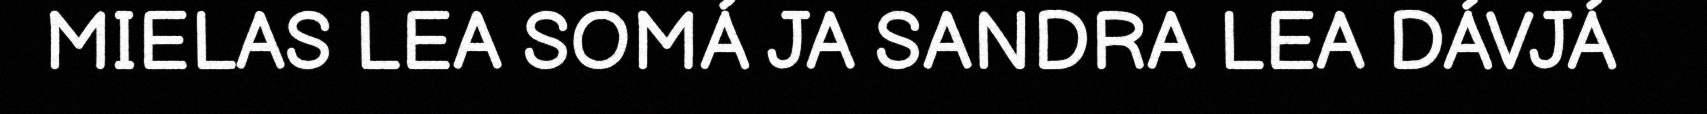
MIELAS LEA SOMÁ JA SANDRA LEA DÁVJÁ